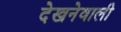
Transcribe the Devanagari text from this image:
देखनेवाली